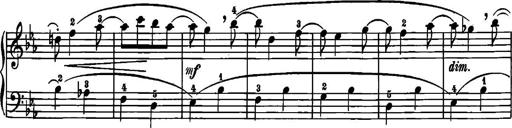
Title: 12 Sonatinas
Composer: Ignaz Pleyel